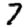
Digit: 7